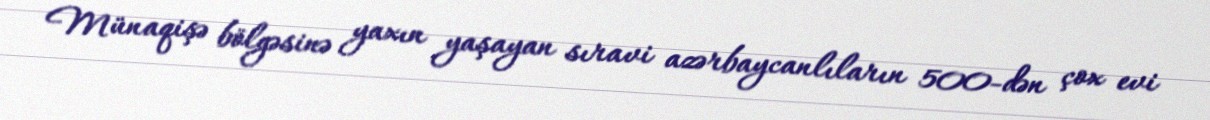
Münaqişə bölgəsinə yaxın yaşayan sıravi azərbaycanlıların 500-dən çox evi